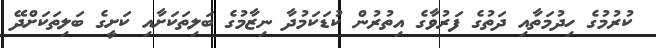
ކުރުމުގެ ހިދުމަތާއި ދަތުގެ ފަރުވާގެ އިތުރުން ކުޑަކަމުދާ ނިޒާމުގެ ބަލިތަކަށާއި ކަށީގެ ބަލިތަކަށްދޭ